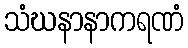
သံဃနာနာကရဏံ